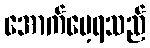
အောက်မေ့ရသည်